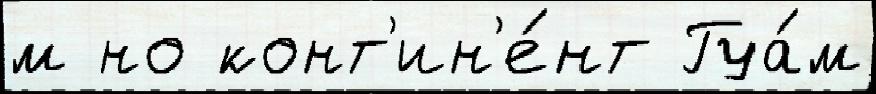
м но конт'ин'е́нт Гуа́м